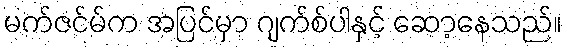
မက်ဇင်မ်က အပြင်မှာ ဂျက်စ်ပါနှင့် ဆော့နေသည်။